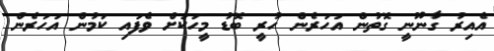
އެއިރު ގާނޫނީ ގޮތުން އަހަރެން ހުރީ ބޮޑު މީހަކަށް ވެފައި ކަމުން އަހަރެން